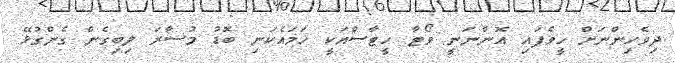
ދިވެހިންނަށް ހީވެފައި އޮންނަނީ ވޯޓާ ހީޓާސްއަކީ ހަމައެކަނި ބޮޑު މުސާރަ ލިބިގެން ގެންގުޅޭ